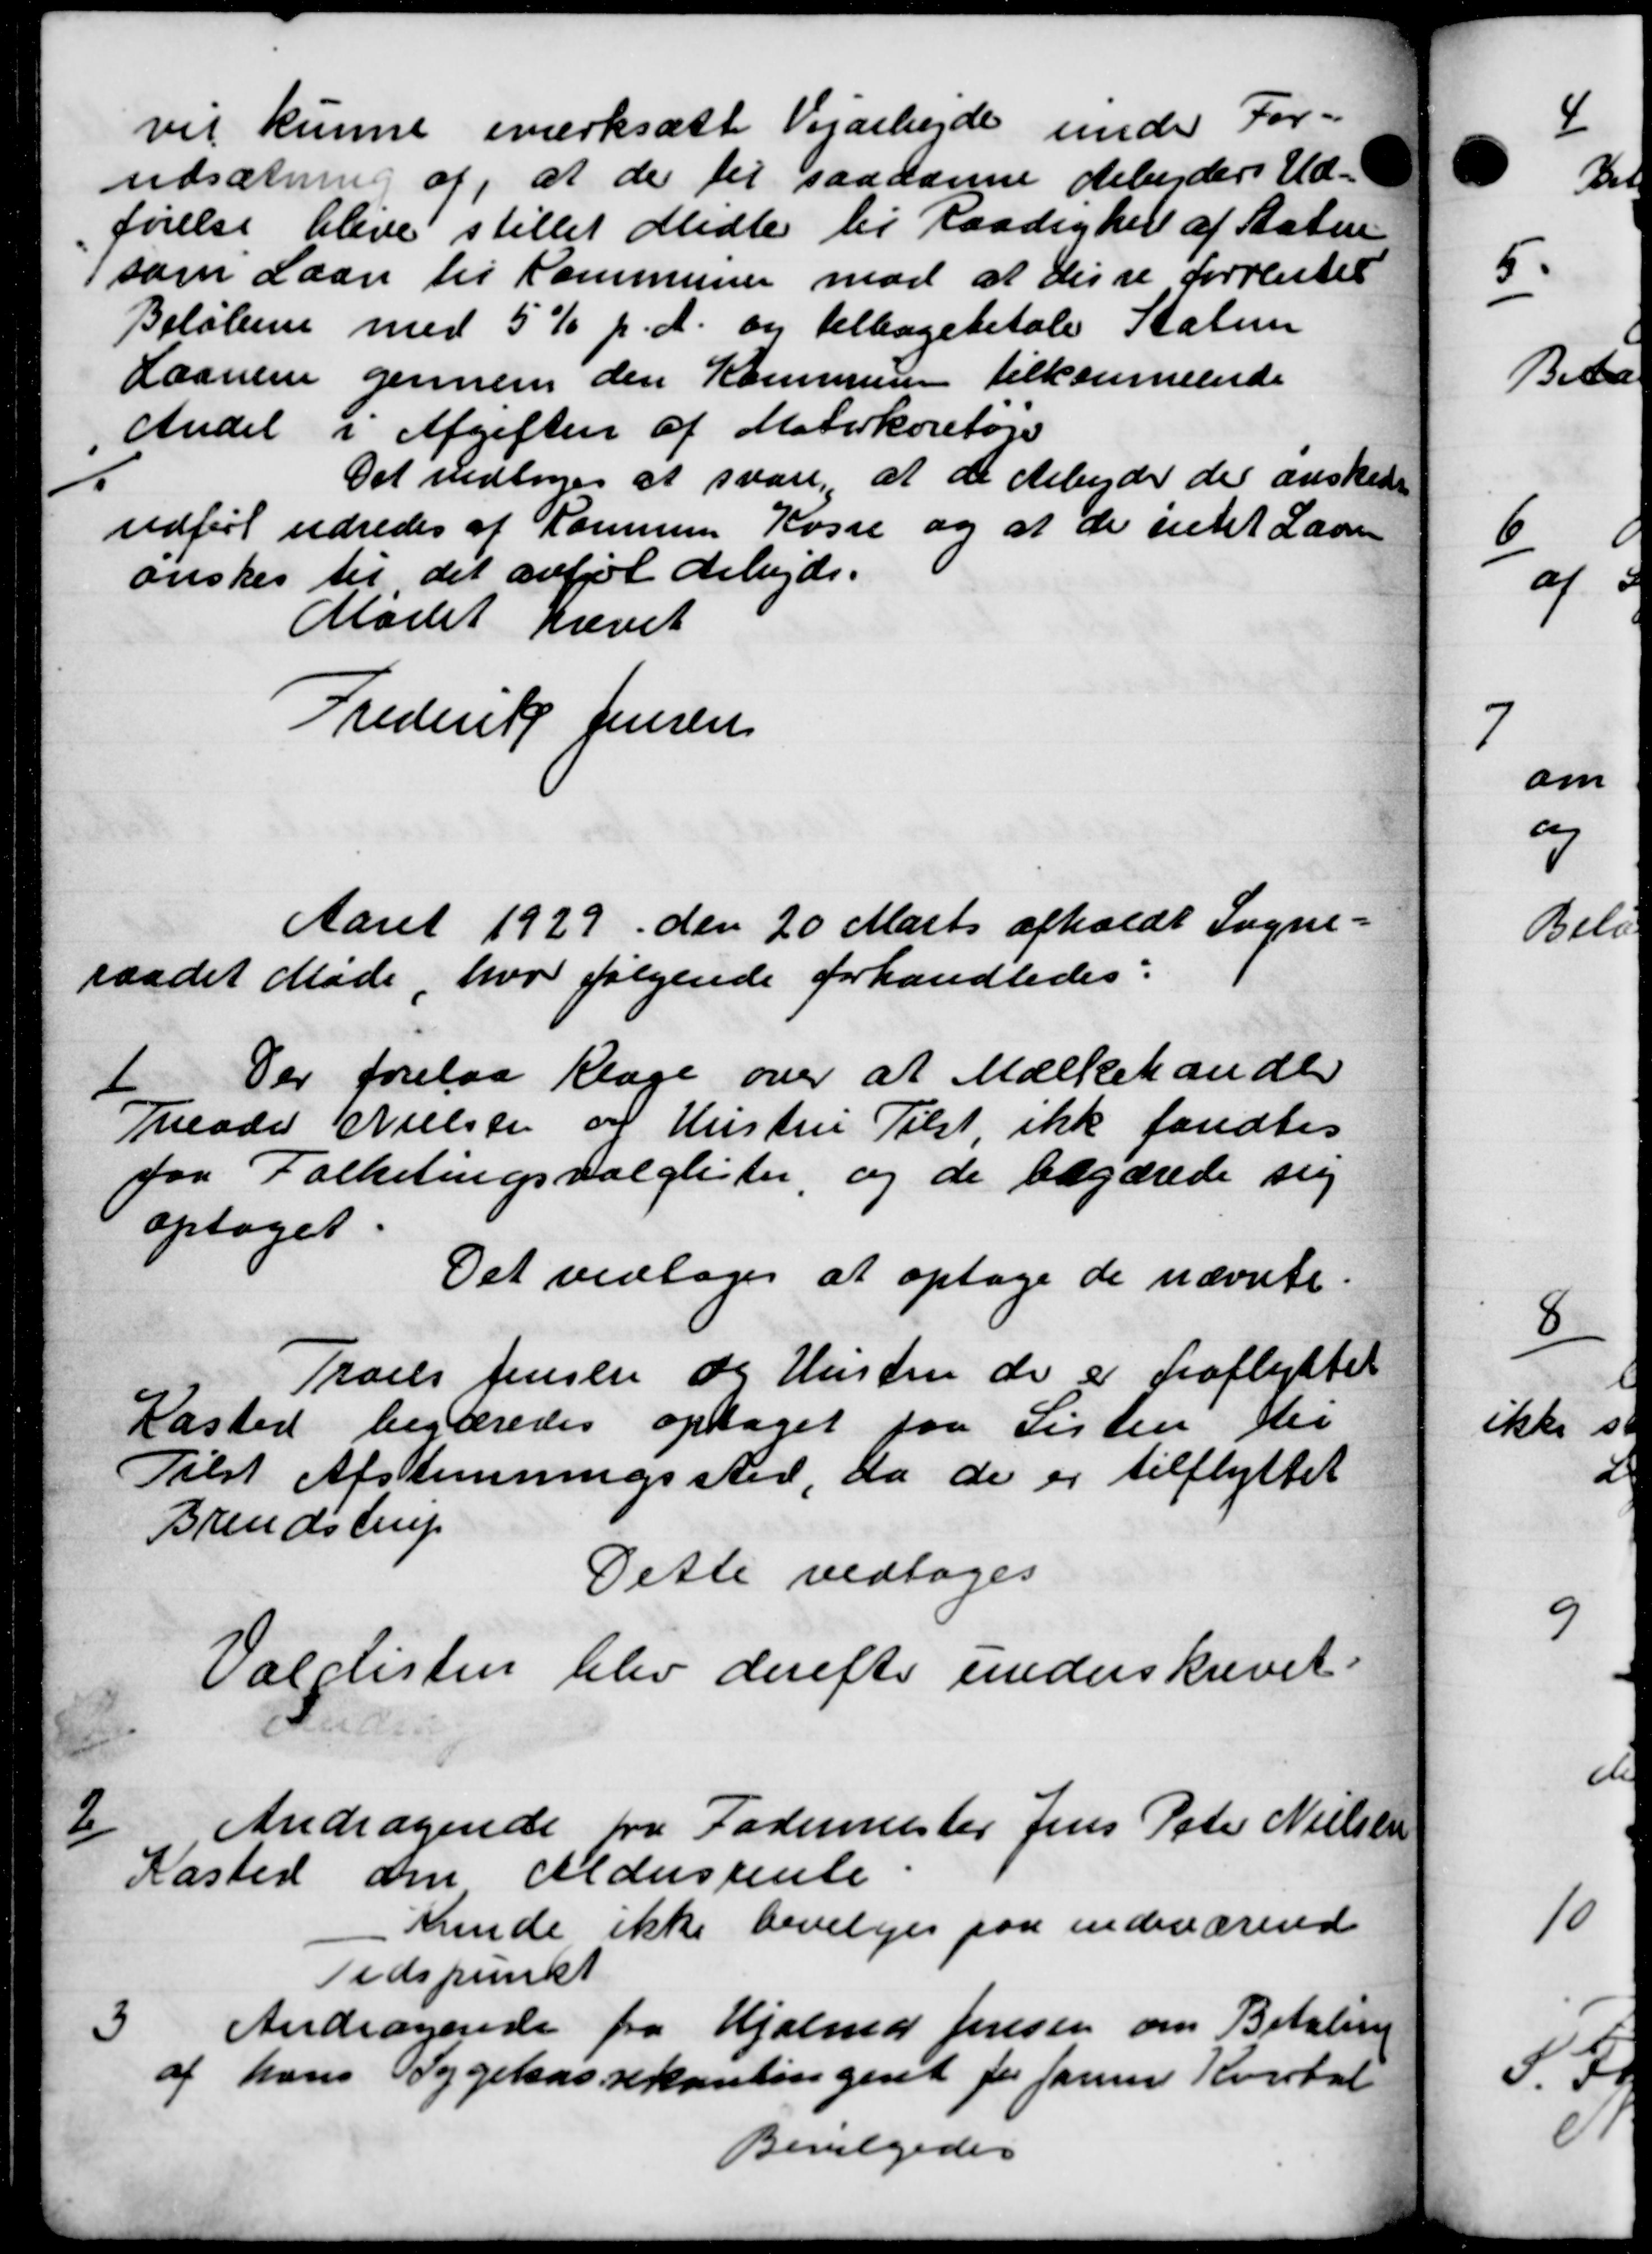
Transskription:
vil kunne iværksætte Vejarbejde under For-
udsætning af, at der til saadanne debeders Ud-
førelse blive stillet Midle til Raadighed af Staten
som Laan til Kommunen mod at disse forrentet
Beløbene med 5% p. A. og tilbagebetale Staten
Laanene gennem den Kommunen tilkommende
Andel i Afgiften af Materkøretøje
Det vedtoges at svare, at de Arbejder der ønsked
udført udredes af Kommune Kasse og at de intet Laan
ønskes til det anfør Arbejde.
Mødet hævet
Frederik Jensen
Aaret 1929 den 20 Marts afholdt Sogne-
raadet Møde hvor følgende forhandledes:
Der forelaa Klage over at Mælkehandle
1
Theodor Nielsen og Hustru Tilst, ikke fandtes
for Folketingsvalglister, og de begærede sig
optaget.
Det vedtoges at optage de nævnte.
Troels Jensen og Hustru de er fraflyttet
Kasted begæredes optaget paa Listen til
Tilst Afstemningssted, da de er tilflyttet
Brendstrup
Dette vedtoges
Valdisten blev derefter underskrevet.
2
Andragende fra Fodermester Jens Peter Nielsen
Kasted om Aldersrente
minde ikke bevilges paa indeværende
Tidspunkt

Andragende fra Hjalma Jensen om Betaling
af hans Sygekassekontingent for Januar Kvartal
Bevilgedes